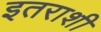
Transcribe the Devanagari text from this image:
इतराशी